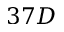
3 7 D